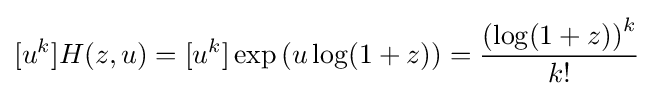
[u^{k}]H(z,u)=[u^{k}]\exp \left(u\log(1+z)\right)={\frac {\left(\log(1+z)\right)^{k}}{k!}}